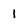
Character: 1